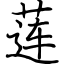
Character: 莲